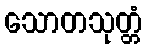
သောတသုတ္တံ